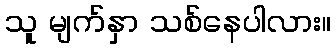
သူ မျက်နှာ သစ်နေပါလား။